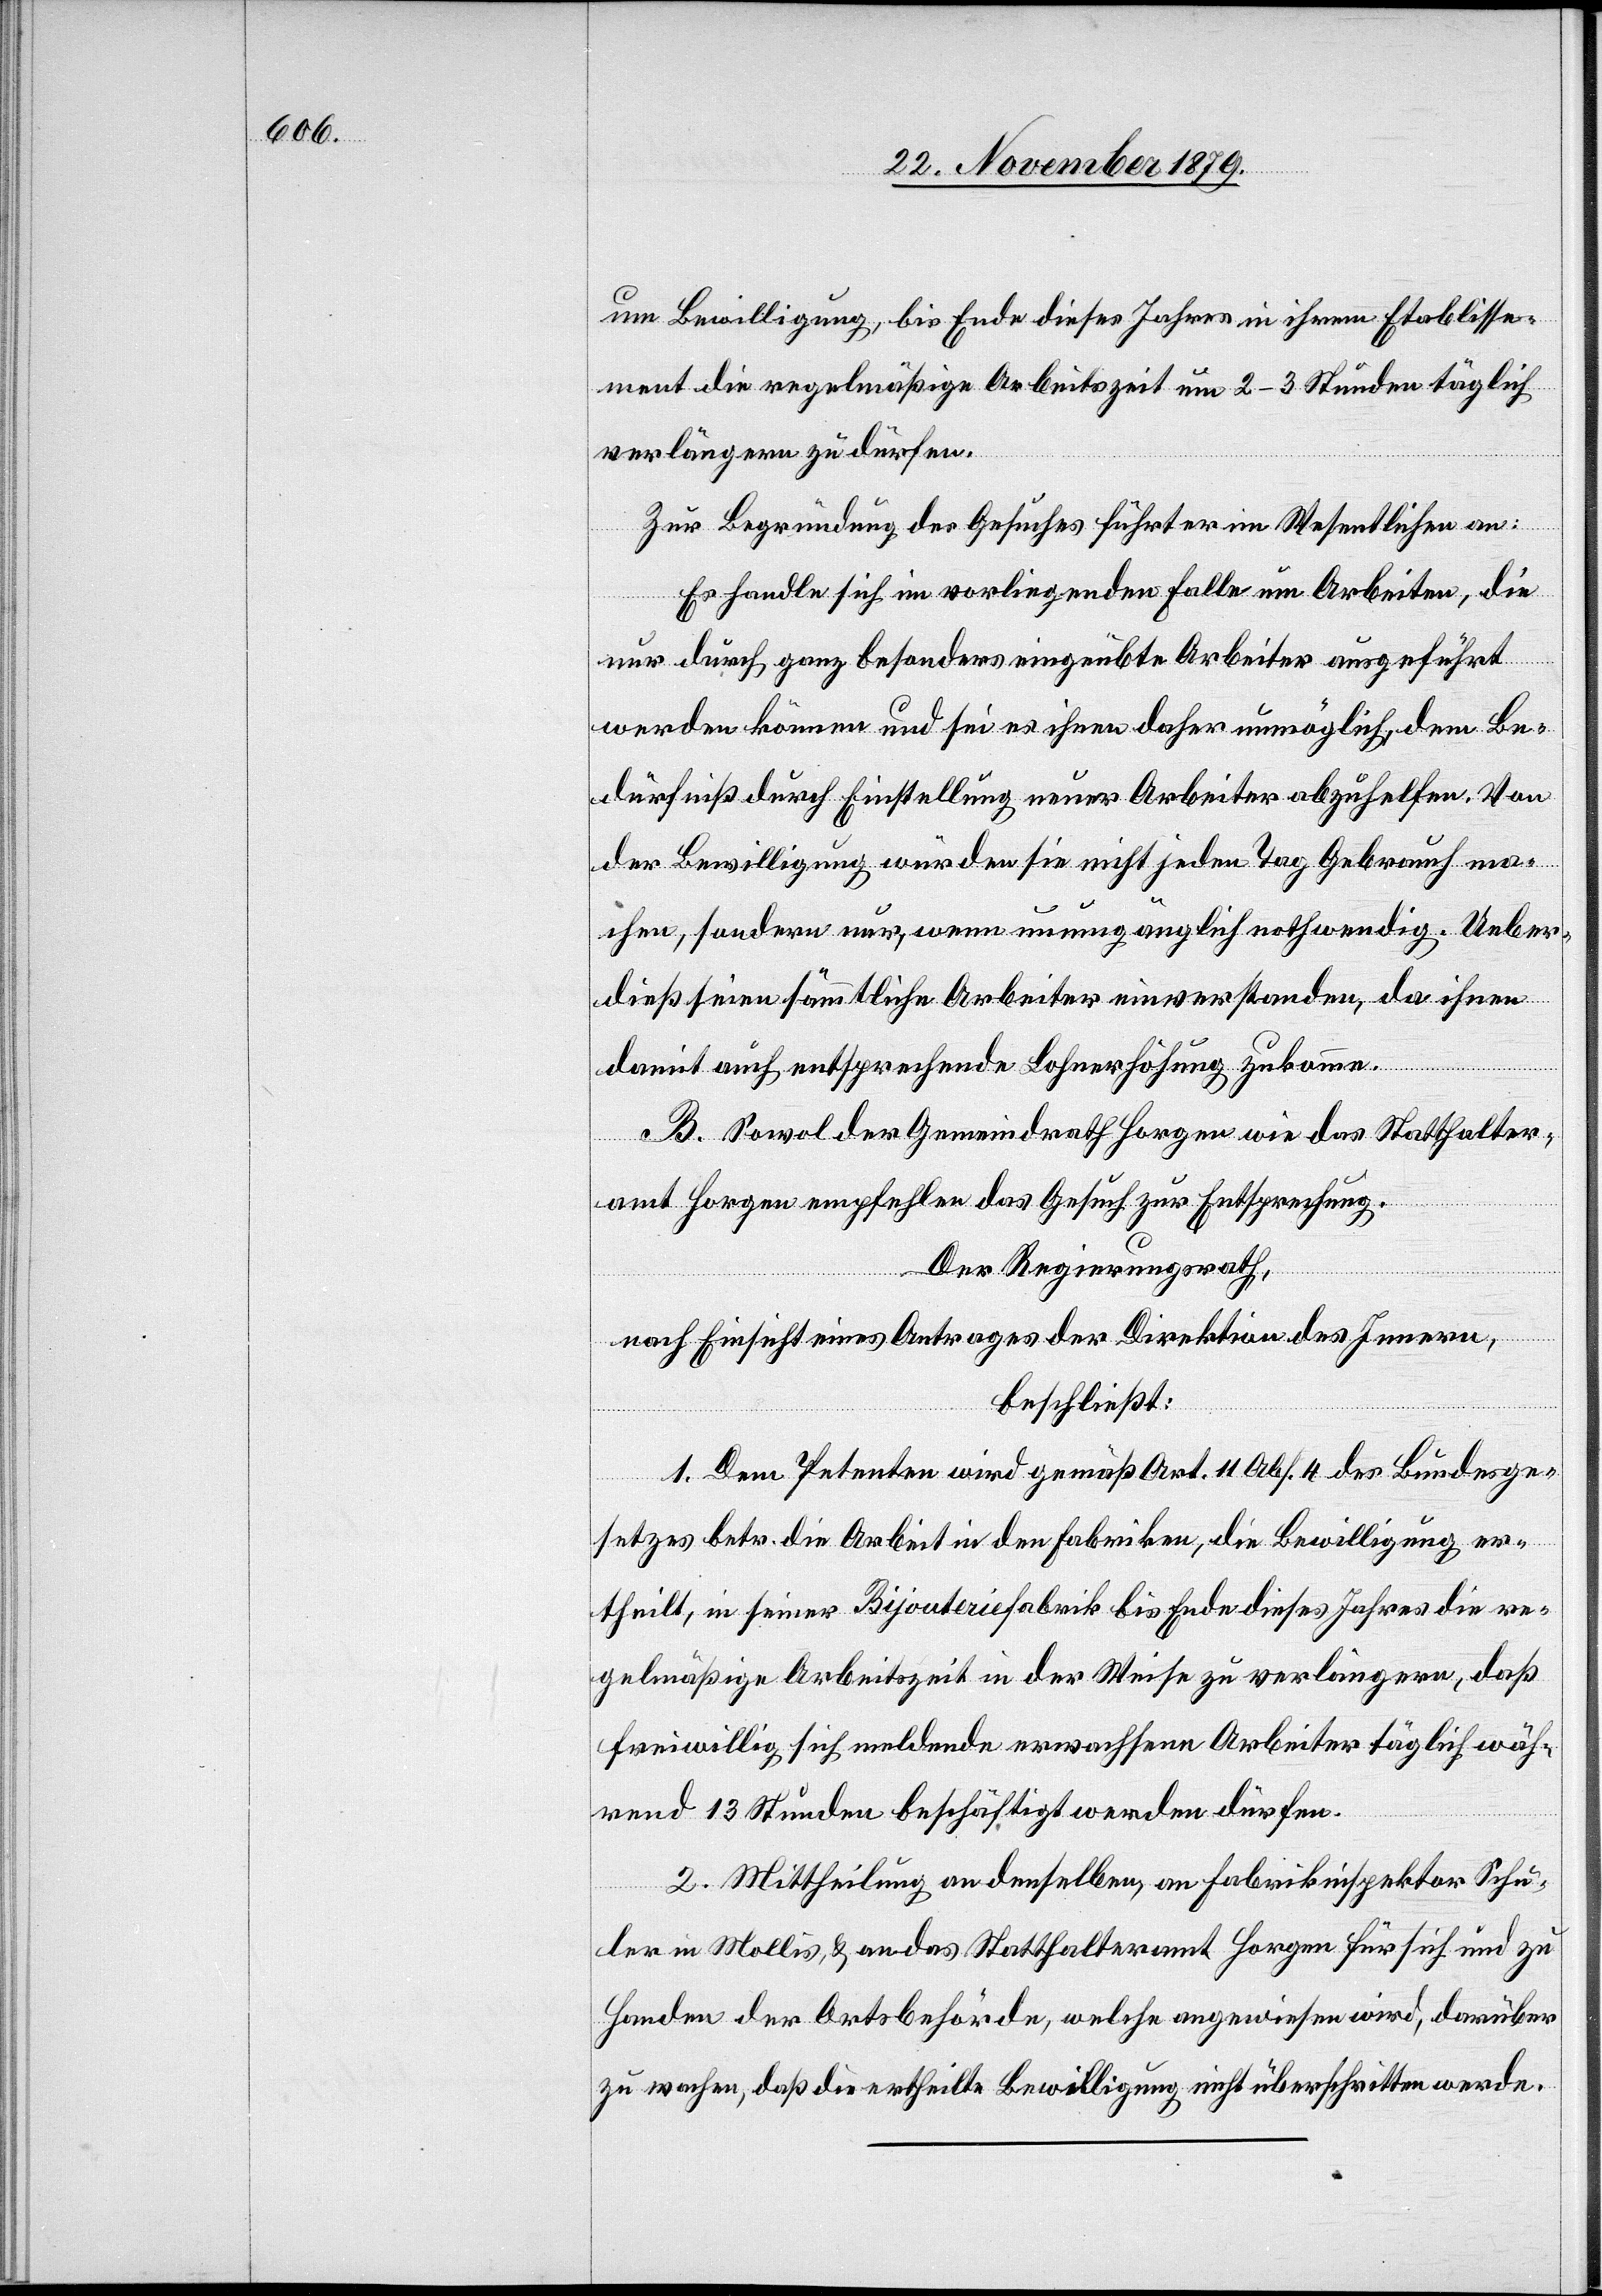
um Bewilligung, bis Ende dieses Jahres in ihrem Etablisse¬
ment die regelmäßige Arbeitszeit um 2–3 Stunden täglich
verlängern zu dürfen.
Zur Begründung des Gesuches führt er im Wesentlichen an:
Es handle sich im vorliegenden Falle um Arbeiten, die
nur durch ganz besonders eingeübte Arbeiter ausgeführt
werden können und sei es ihnen daher unmöglich, dem Be¬
dürfniß durch Einstellung neuer Arbeiter abzuhelfen. Von
der Bewilligung würden sie nicht jeden Tag Gebrauch ma¬
chen, sondern nur, wenn unumgänglich nothwendig. Ueber¬
dieß seien sämmtliche Arbeiter einverstanden, da ihnen
damit auch entsprechende Lohnerhöhung zukomme.
B. Sowol der Gemeindrath Horgen wie das Statthalter¬
amt Horgen empfehlen das Gesuch zur Entsprechung.
Der Regierungsrath,
nach Einsicht eines Antrages der Direktion des Innern,
beschließt:
1. Dem Petenten wird gemäß Art. 11[,] Abs. 4 des Bundesge¬
setzes betr. die Arbeit in den Fabriken, die Bewilligung er¬
theilt, in seiner Bijouteriefabrik bis Ende dieses Jahres die re¬
gelmäßige Arbeitszeit in der Weise zu verlängern, daß
freiwillig sich meldende erwachsene Arbeiter täglich wäh¬
rend 13 Stunden beschäftigt werden dürfen.
2. Mittheilung an denselben, an Fabrikinspektor Schu¬
ler in Mollis, & an das Statthalteramt Horgen für sich und zu
Handen der Ortsbehörde, welche angewiesen wird, darüber
zu wachen, daß die ertheilte Bewilligung nicht überschritten werde.